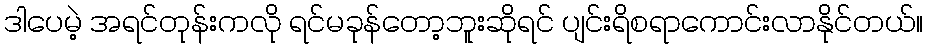
ဒါပေမဲ့ အရင်တုန်းကလို ရင်မခုန်တော့ဘူးဆိုရင် ပျင်းရိစရာကောင်းလာနိုင်တယ်။